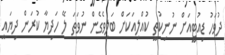
ދުވަހު ޑިއުޓީއަށް ނުނިކުތީ ކުއްލިއަކަށް ބަލިވެގެން ނުވަތަ ލޭ ހަދިޔާ ކުރަން ދިޔައީ